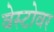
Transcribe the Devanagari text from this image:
वेस्टोवर